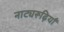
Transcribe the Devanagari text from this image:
नाट्यरूढ़ियाँ